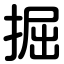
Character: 掘